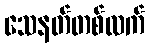
သေနတ်တစ်လက်